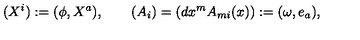
( X ^ { i } ) : = ( \phi , X ^ { a } ) , \qquad ( A _ { i } ) = ( d x ^ { m } A _ { m i } ( x ) ) : = ( \omega , e _ { a } ) ,